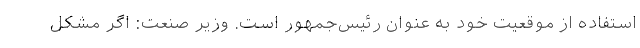
‌استفاده از موقعیت خود به عنوان رئیس‌جمهور است. وزیر صنعت: اگر مشکل